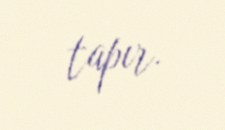
tapır.